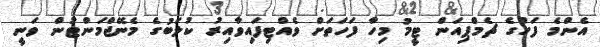
އެންމެ ފަހުގެ ޗެމްޕިއަން ޓީމު މިހާ ފަހަތަށް ވެއްޓިފައިވާއިރު ކުލަބުގެ މެނޭޖްމަންޓުން ވަނީ